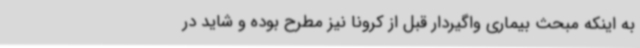
به اینکه مبحث بیماری واگیردار قبل از کرونا نیز مطرح بوده و شاید در